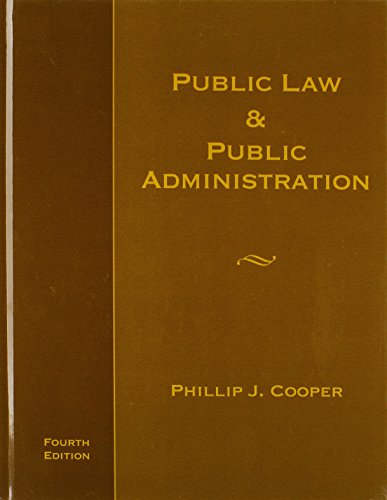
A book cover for Public Law and Public Administration; Philip J. Cooper; Law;